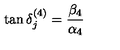
\tan \delta _ { j } ^ { ( 4 ) } = { \frac { \beta _ { 4 } } { \alpha _ { 4 } } }